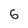
Character: 6